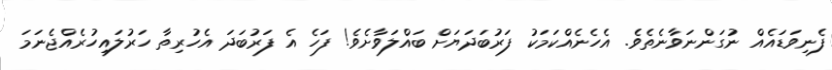
ފެނިވަޑައެއް ނުގަންނަވާނެތެވެ. އެހެނެއްކަމަކު ފަރުބަދަޔަށް ބައްލަވާށެވެ! ފަހެ އެ ފަރުބަދަ އެހުރިތާ ހަރުލައިހުރެއްޖެނަމަ